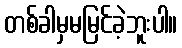
တစ်ခါမှမမြင်ခဲ့ဘူးပါ။